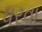
ધરવા